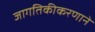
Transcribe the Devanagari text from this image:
जागतिकीकरणाने